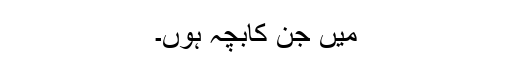
میں جن کابچہ ہوں۔